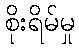
စိုးရိမ်မှု